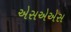
એસએએસ